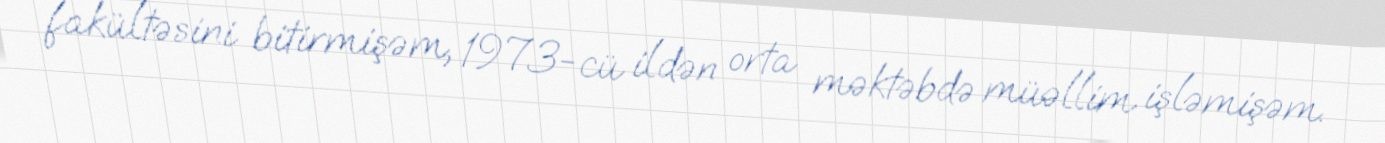
fakültəsini bitirmişəm, 1973-cü ildən orta məktəbdə müəllim işləmişəm.